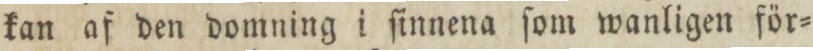
kan af den domning i ſinnena ſom wanligen för=